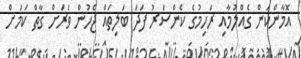
އޮމާންކަން ގެއްލުމާއި ރަހިމުގެ ކެންސަރު ފަދަ ބަލިތައް ޖެހުން ވަރަށް ގާތް ކަމަށް